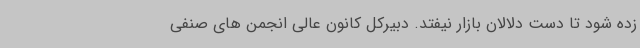
زده شود تا دست دلالان بازار نیفتد. دبیرکل کانون عالی انجمن های صنفی